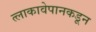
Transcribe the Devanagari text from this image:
त्लाकावेपानकडून